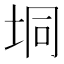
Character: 垌